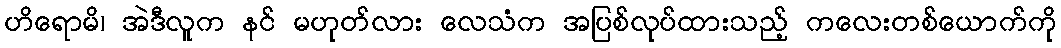
ဟိရောမိ၊ အဲဒီလူက နင် မဟုတ်လား လေသံက အပြစ်လုပ်ထားသည့် ကလေးတစ်ယောက်ကို